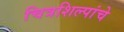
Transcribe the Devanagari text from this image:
चित्रशिल्पांचे